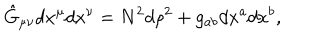
LaTeX: \hat { G } _ { \mu \nu } d x ^ { \mu } d x ^ { \nu } = N ^ { 2 } d \rho ^ { 2 } + g _ { a b } d x ^ { a } d x ^ { b } ,